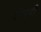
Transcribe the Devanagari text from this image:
दीखतीं